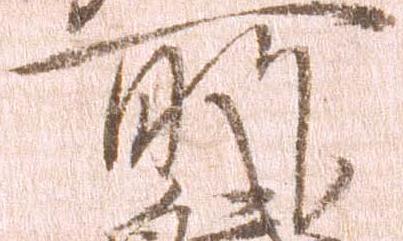
所